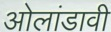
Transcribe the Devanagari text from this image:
ओलांडावी